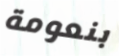
بنعومة